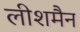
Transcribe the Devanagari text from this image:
लीशमैन